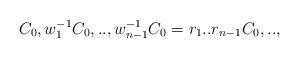
LaTeX: \begin{align*}C_0, w_1^{-1} C_0,..,w_{n-1}^{-1}C_0=r_1..r_{n-1}C_0,..,\end{align*}